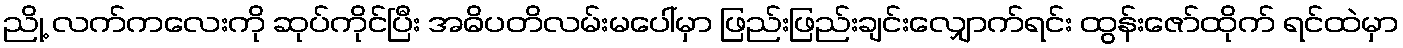
ညို့ လက်ကလေးကို ဆုပ်ကိုင်ပြီး အဓိပတိလမ်းမပေါ်မှာ ဖြည်းဖြည်းချင်းလျှောက်ရင်း ထွန်းဇော်ထိုက် ရင်ထဲမှာ